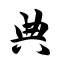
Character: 典